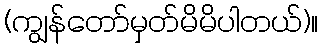
(ကျွန်တော်မှတ်မိမိပါတယ်)။